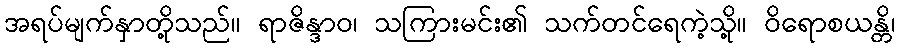
အရပ်မျက်နှာတို့သည်။ ရာဇိန္ဒာဝ၊ သကြားမင်း၏ သက်တင်ရေကဲ့သို့။ ဝိရောစယန္တိ၊